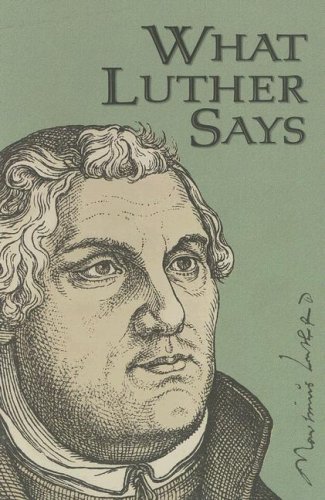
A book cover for What Luther Says; Ewald M. Plass; Christian Books & Bibles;